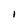
Character: l